Scottish Leaving Certificate Examination, 1957
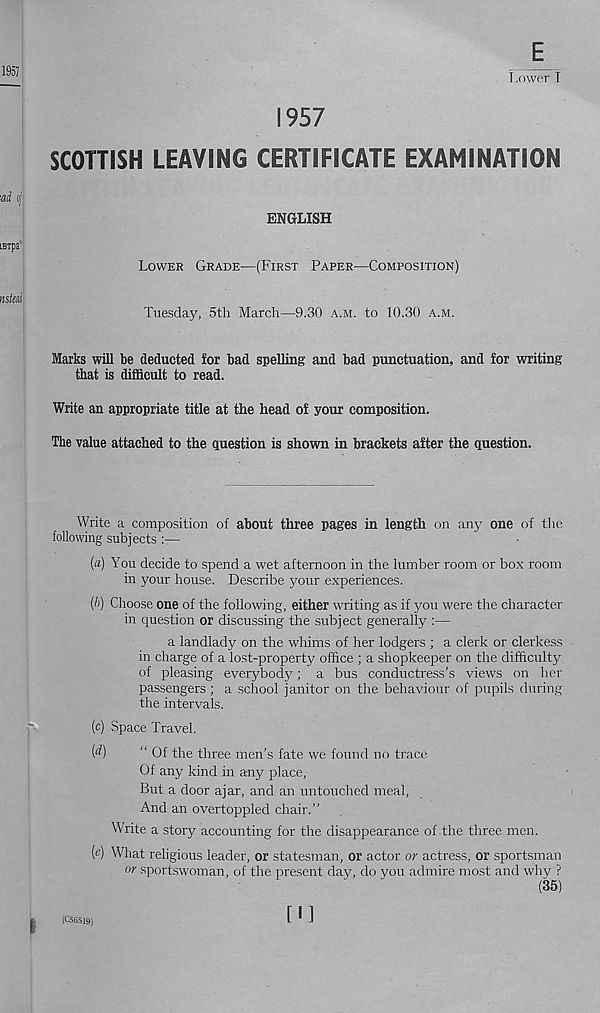
E
1957
SCOTTISH LEAVING CERTIFICATE EXAMINATION
' ■ ad o/|
ENGLISH
iBipa'
LOWER GRADE—(FIRST PAPER—COMPOSITION)
nslal
Tuesday, 5th March—9.30 A.M. to 10.30 A.M.
Marks will be deducted lor bad spelling and bad punctuation, and for writing
that is difficult to read.
Write an appropriate title at the head of your composition.
The value attached to the question is shown in brackets after the question.
Write a composition of about three pages in length on any one of the
following subjects
(a) You decide to spend a wet afternoon in the lumber room or box room
in your house. Describe your experiences.
(/)) Choose one of the following, either writing as if you were the character
in question or discussing the subject generally :—
a landlady on the whims of her lodgers ; a clerk or clerkess
in charge of a lost-property office ; a shopkeeper on the difficulty
of pleasing everybody; a bus conductress’s views on her
passengers ; a school janitor on the behaviour of pupils during
the intervals.
(c) Space Travel.
( ( f)
“ Of the three men’s fate we found no trace
Of any kind in any place,
But a door ajar, and an untouched meal,
And an overtoppled chair.”
Write a story accounting for the disappearance of the three men.
(e) What religious leader, or statesman, or actor or actress, or sportsman
or sportswoman, of the present day, do you admire most and why ?
(35)
I (C56519)
fl]